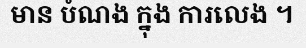
មាន បំណង ក្នុង ការលេង ។